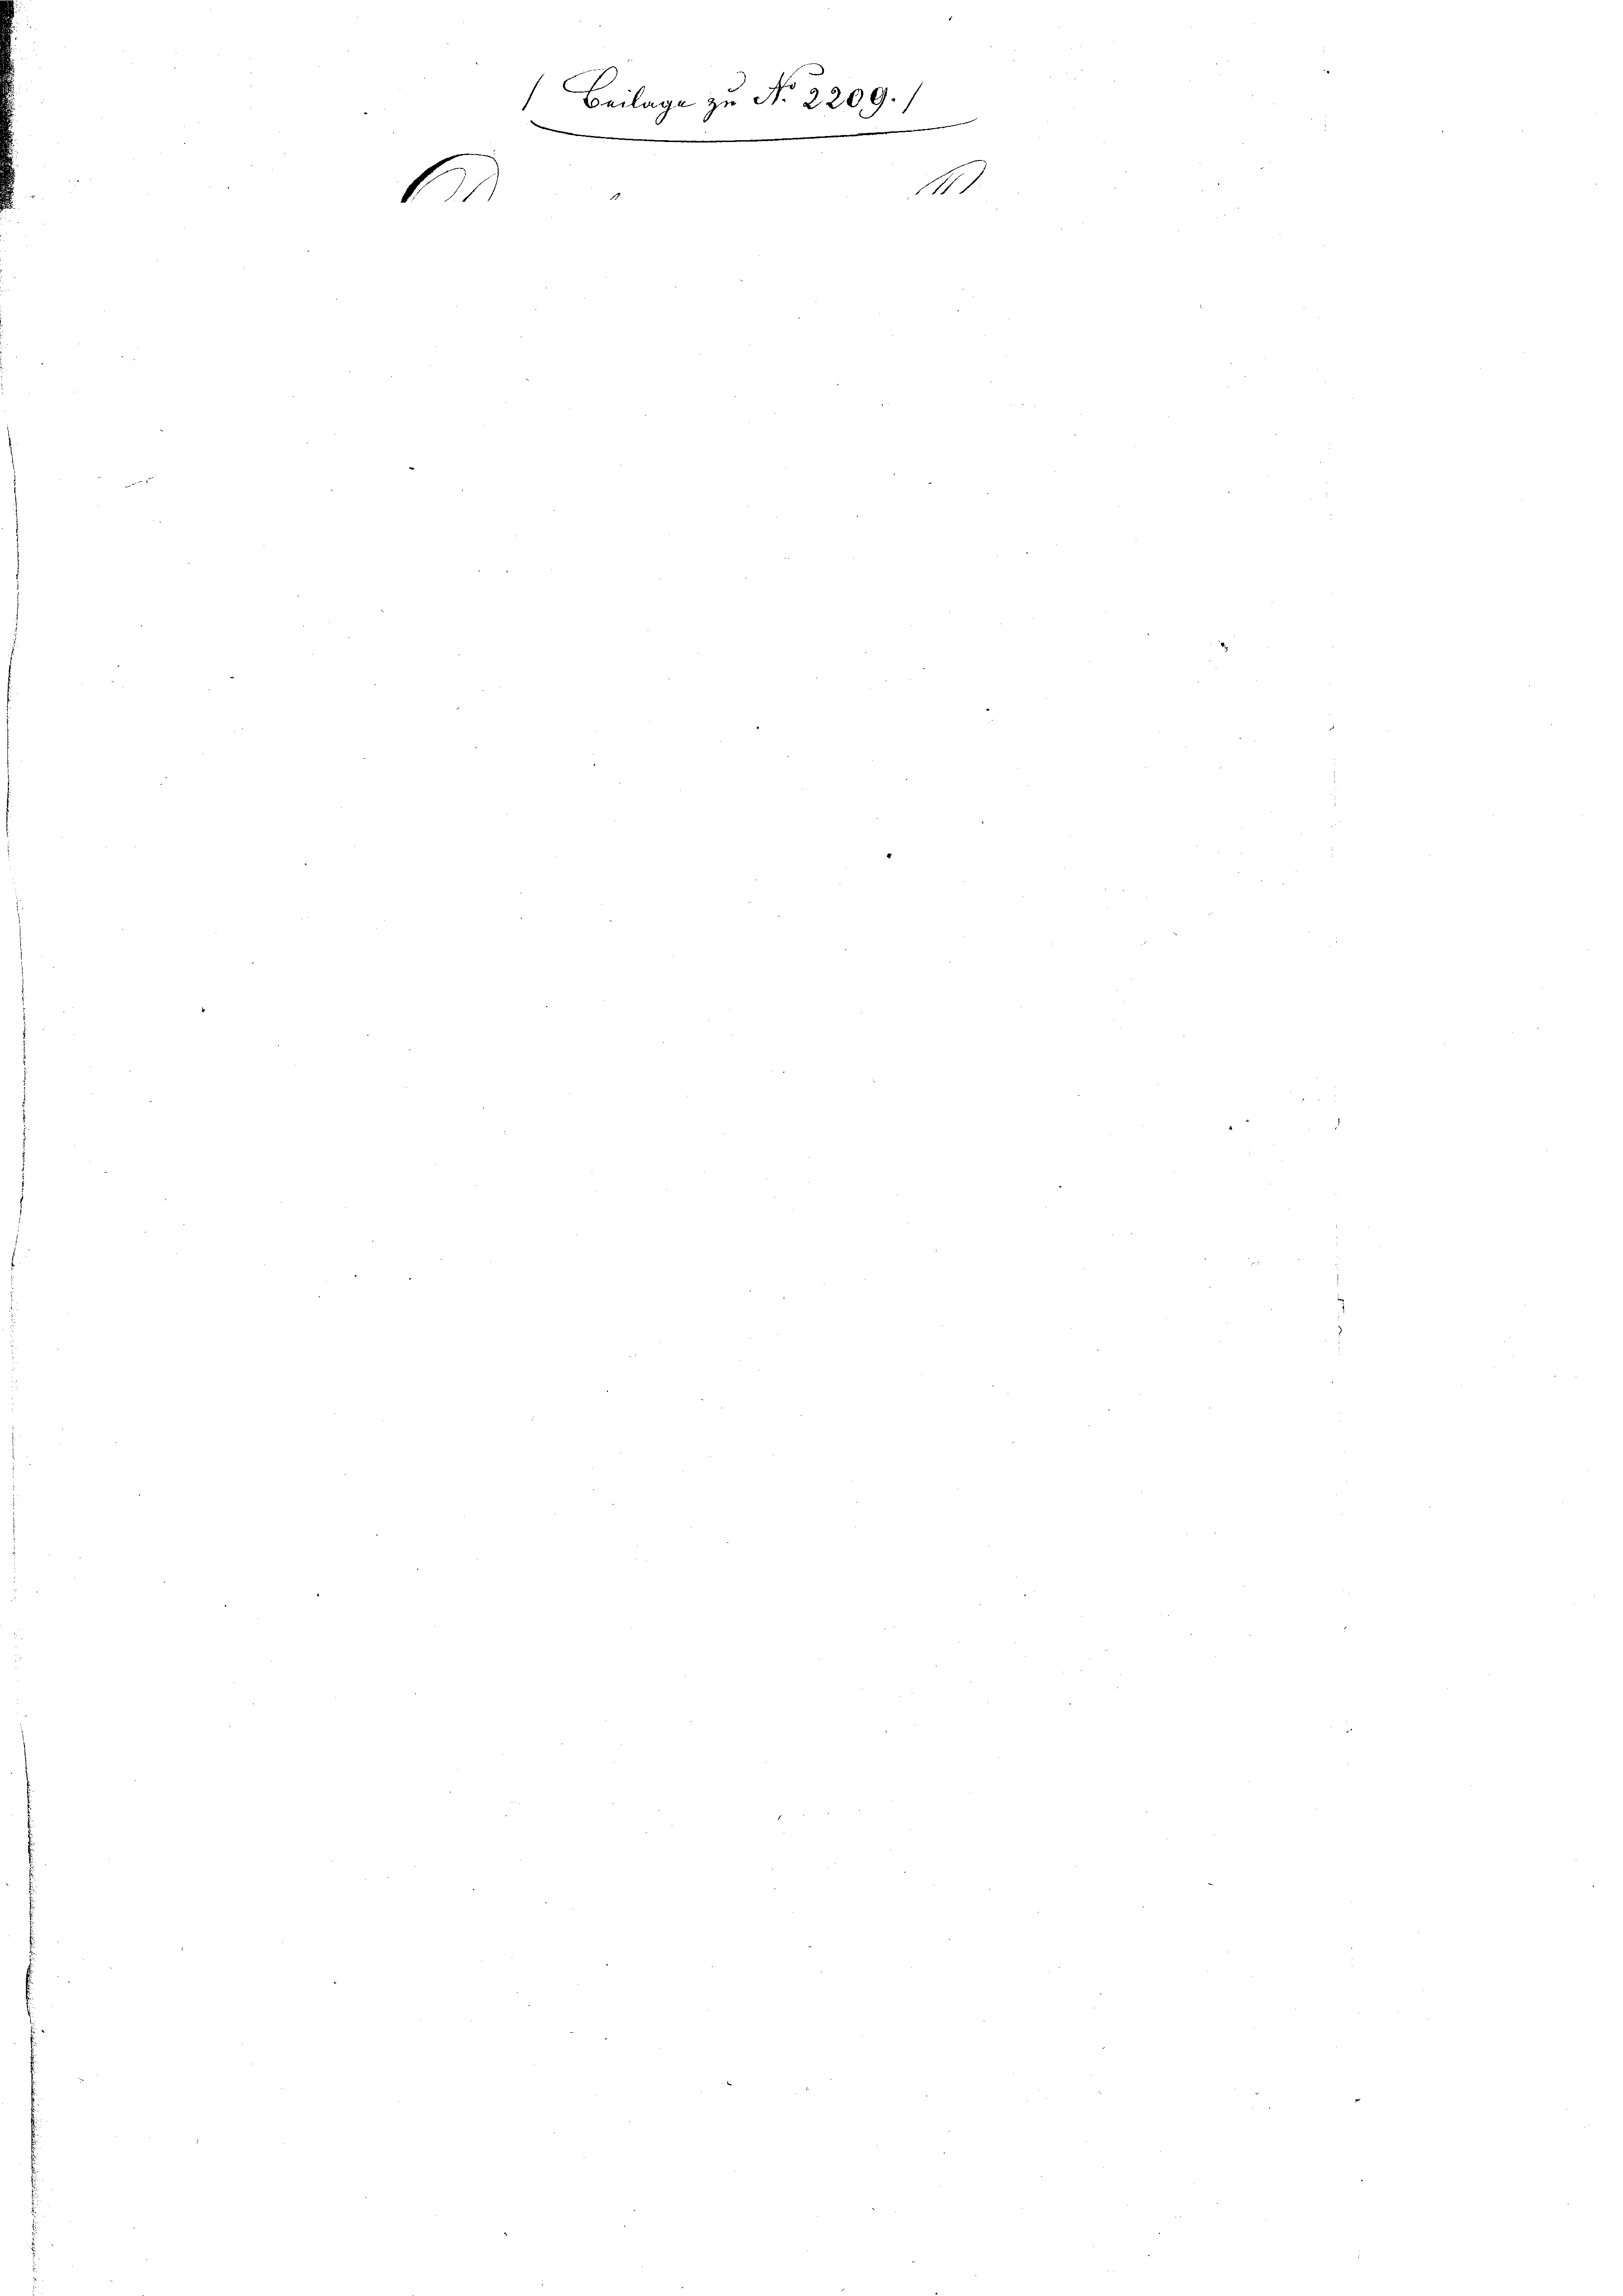
Beilage zu No 2209.)
e
¬
.
.
e
1
6